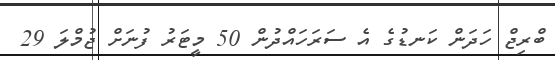
ބްރިޖް ހަދަން ކަނޑުގެ އެ ސަރަހައްދުން 50 މީޓަރު ފުނަށް ޖުމްލަ 29